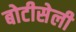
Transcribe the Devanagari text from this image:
बोटीसेली